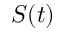
S ( t )